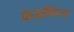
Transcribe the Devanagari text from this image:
फ़्रेडकिन